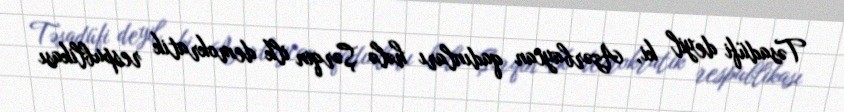
Təsadüfi deyil ki, Azərbaycan qadınları hələ Şərqin ilk demokratik respublikası